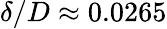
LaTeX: \delta/D\approx 0.0265